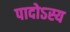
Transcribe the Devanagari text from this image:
पादोऽस्य